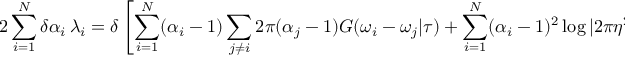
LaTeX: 2 \sum _ { i = 1 } ^ { N } \delta \alpha _ { i } \, \lambda _ { i } = \delta \left[ \sum _ { i = 1 } ^ { N } ( \alpha _ { i } - 1 ) \sum _ { j \neq i } 2 \pi ( \alpha _ { j } - 1 ) G ( \omega _ { i } - \omega _ { j } | \tau ) + \sum _ { i = 1 } ^ { N } ( \alpha _ { i } - 1 ) ^ { 2 } \log | 2 \pi \eta ^ { 2 } | \right] \, ,